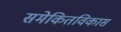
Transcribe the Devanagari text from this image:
समेकितविकास